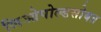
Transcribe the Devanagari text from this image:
लिओपोल्डसोबत